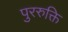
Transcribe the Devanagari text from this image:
पुररुक्ति